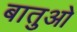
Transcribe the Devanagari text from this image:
बातुओ